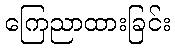
ကြေညာထားခြင်း